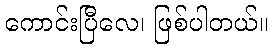
ကောင်းပြီလေ၊ ဖြစ်ပါတယ်။